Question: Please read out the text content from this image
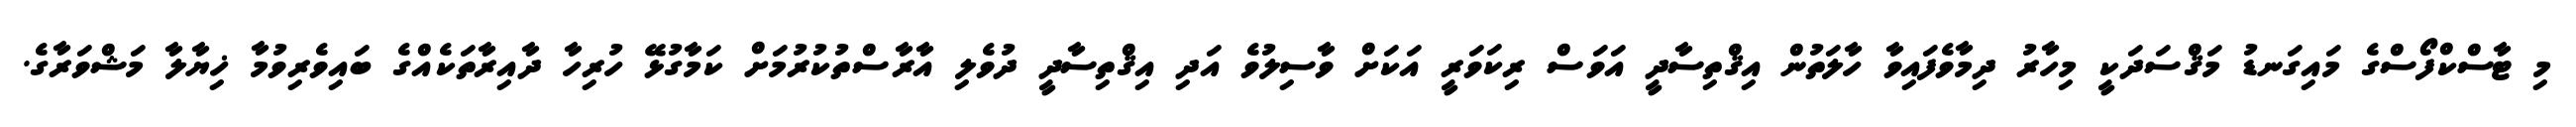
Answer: މި ޓާސްކްފޯސްގެ މައިގަނޑު މަޤްސަދަކީ މިހާރު ދިމާވެފައިވާ ހާލަތުން އިޤްތިސާދީ އަވަސް ރިކަވަރީ އަކަށް ވާސިލުވެ އަދި އިޤްތިސާދީ ދުވެލި އާރާސްތުކުރުމަށް ކަމާގުޅޭ ހުރިހާ ދާއިރާތަކެއްގެ ބައިވެރިވުމާ ޚިޔާލާ މަޝްވަރާގެ.